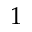
1